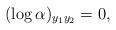
LaTeX: \begin{align*}(\log \alpha)_{y_1 y_2} = 0,\end{align*}